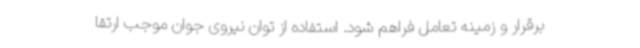
برقرار و زمینه تعامل فراهم شود. استفاده از توان نیروی جوان موجب ارتقا